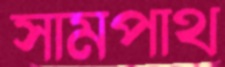
সামপাথ